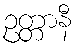
ဥတ္တာနီ